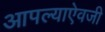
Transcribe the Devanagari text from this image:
आपल्याऐवजी